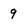
Character: 9